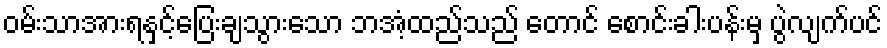
ဝမ်းသာအားရနှင့်ပြေးချသွားသော ဘအံ့ထည်သည် တောင် စောင်းခါးပန်းမှ ပွဲလျက်ပင်